画像に写った文字を読んでください
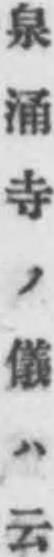
「泉涌寺ノ儀ハ云」と書いてあります